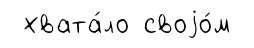
хвата́ло своjо́м